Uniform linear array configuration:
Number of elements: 48
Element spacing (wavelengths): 0.75
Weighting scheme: kaiser
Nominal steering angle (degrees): -30
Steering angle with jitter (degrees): -31.268
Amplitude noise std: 0.05
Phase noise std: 0.05

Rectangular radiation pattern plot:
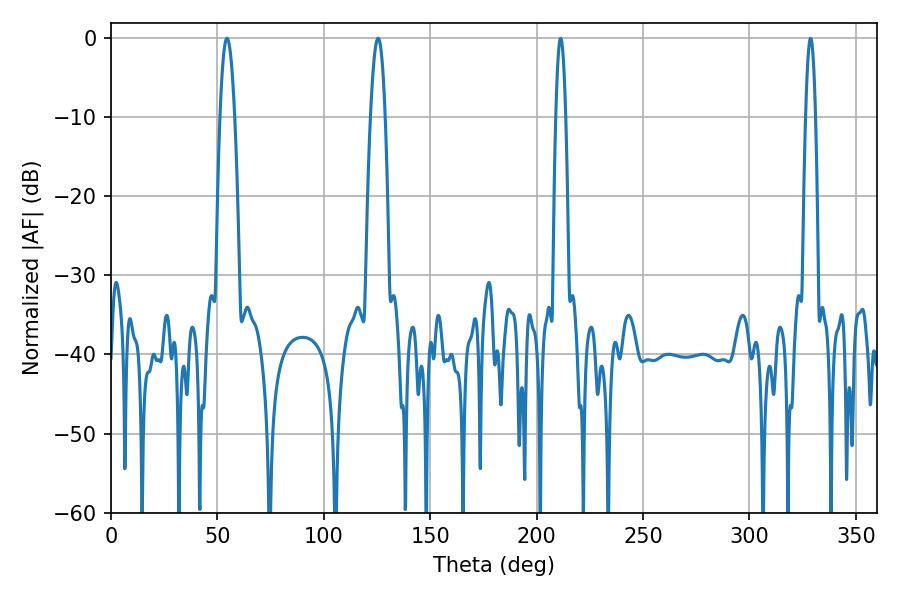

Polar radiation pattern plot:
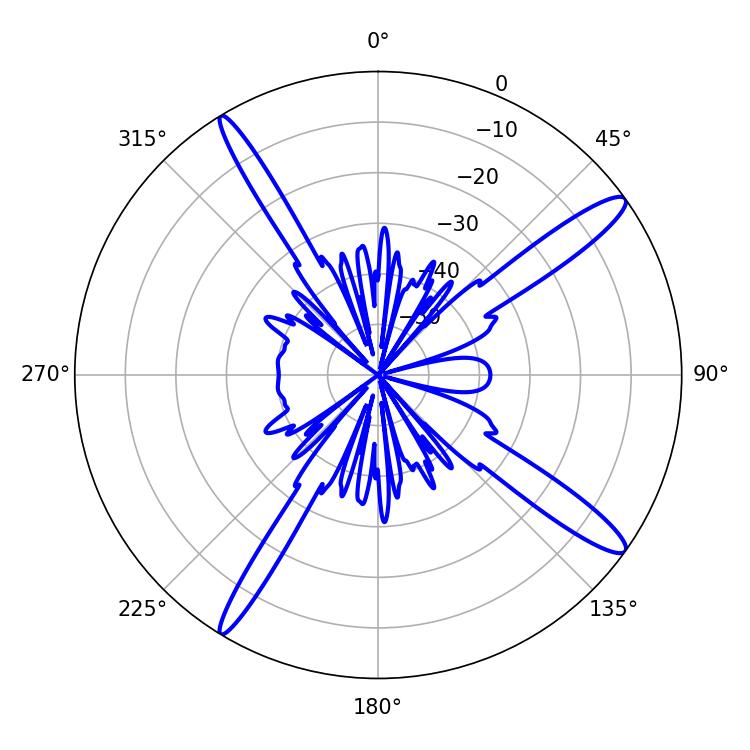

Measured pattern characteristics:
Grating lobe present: TRUE
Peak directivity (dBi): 14.77
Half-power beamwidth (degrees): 3.6
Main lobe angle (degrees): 54.54